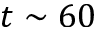
t \sim 6 0